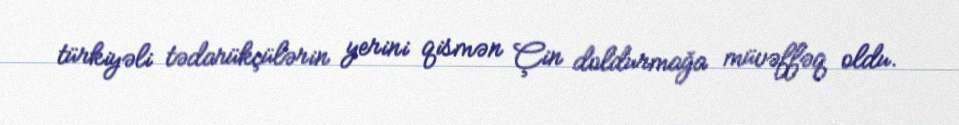
türkiyəli tədarükçülərin yerini qismən Çin doldurmağa müvəffəq oldu.